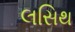
લસિથ